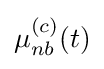
\mu _{nb}^{(c)}(t)